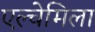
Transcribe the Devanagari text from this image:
एल्चेमिला